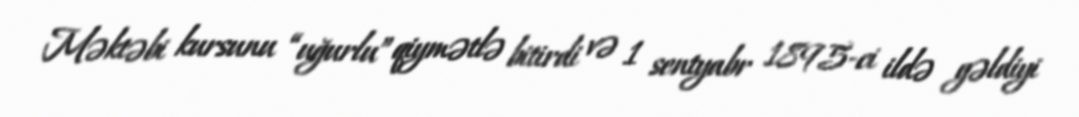
Məktəbi kursunu “uğurlu” qiymətlə bitirdi və 1 sentyabr 1895-ci ildə gəldiyi